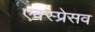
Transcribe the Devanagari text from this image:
एक्स्प्रेसव